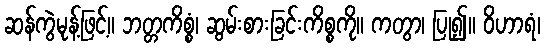
ဆန်ကွဲမုန့်ဖြင့်။ ဘတ္တကိစ္စံ၊ ဆွမ်းစားခြင်းကိစ္စကို။ ကတွာ၊ ပြု၍။ ဝိဟာရံ၊